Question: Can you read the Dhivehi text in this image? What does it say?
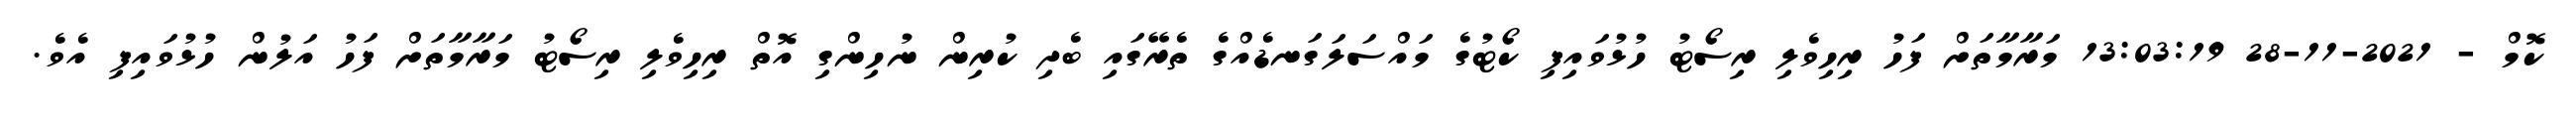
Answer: ކޮމް - 2021-11-28 13:03:19 މަރާމާތަށް ފަހު ރިހިވެލި ރިސޯޓު ހުޅުވައިފި ކޯޓުގެ މައްސަލަގަނޑެއްގެ ތެރޭގައި ބެދި ކުރިން ނުހިންގި އޮތް ރިހިވެލި ރިސޯޓު މަރާމާތަށް ފަހު އަލުން ހުޅުވައިފި އެވެ.